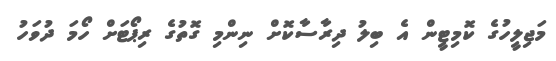
މަޖިލީހުގެ ކޮމިޓީން އެ ބިލު ދިރާސާކޮށް ނިންމި ގޮތުގެ ރިޕޯޓަށް ހޯމަ ދުވަހު